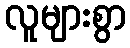
လူများစွာ